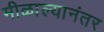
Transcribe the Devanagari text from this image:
मीळाल्यानंतर